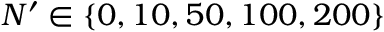
N ^ { \prime } \in \{ 0 , 1 0 , 5 0 , 1 0 0 , 2 0 0 \}